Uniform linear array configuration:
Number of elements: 8
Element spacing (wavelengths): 1
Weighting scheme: hann
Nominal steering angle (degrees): -15
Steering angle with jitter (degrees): -14.205
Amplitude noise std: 0.05
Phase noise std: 0.05

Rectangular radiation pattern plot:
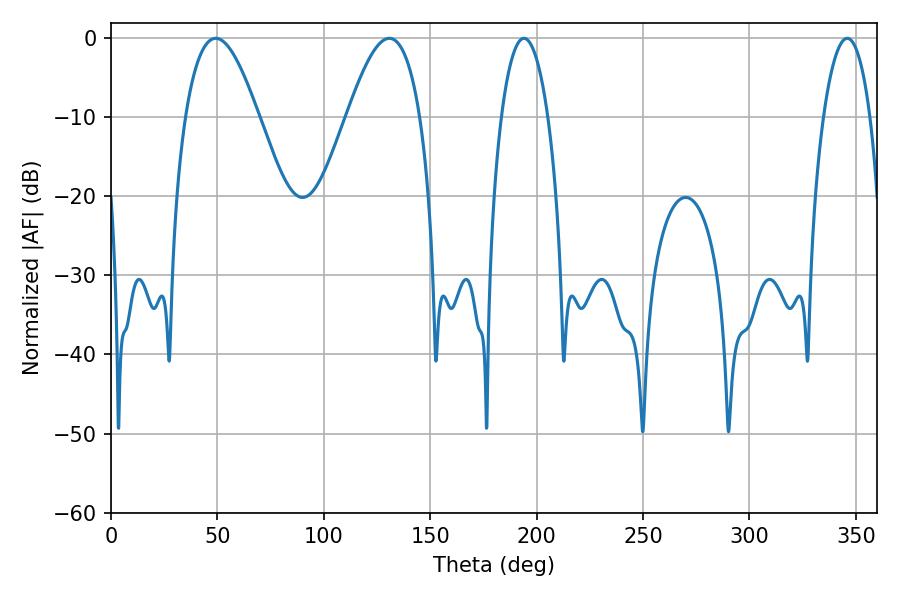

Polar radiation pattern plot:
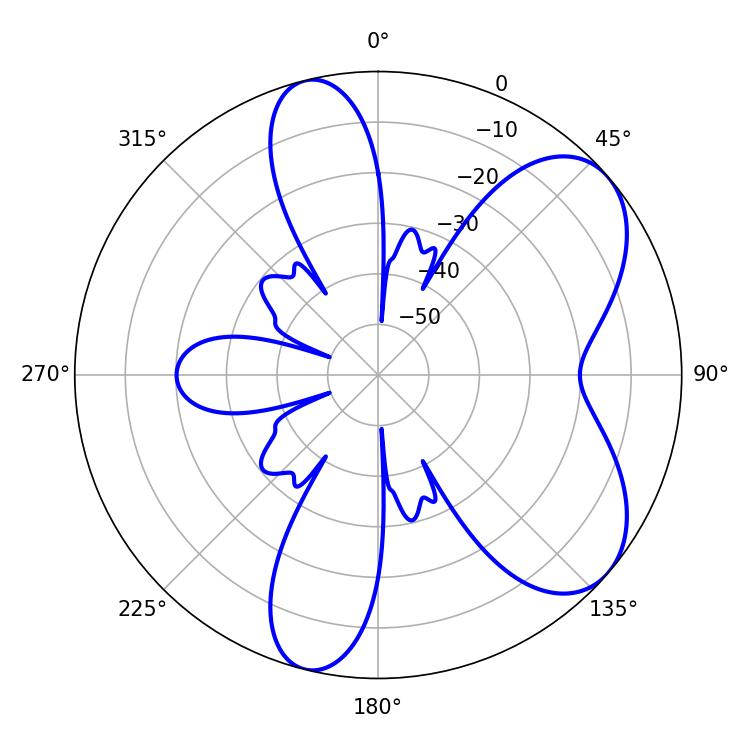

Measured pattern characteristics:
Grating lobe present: TRUE
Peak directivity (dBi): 6.616
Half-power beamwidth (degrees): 12.24
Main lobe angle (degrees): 194.04